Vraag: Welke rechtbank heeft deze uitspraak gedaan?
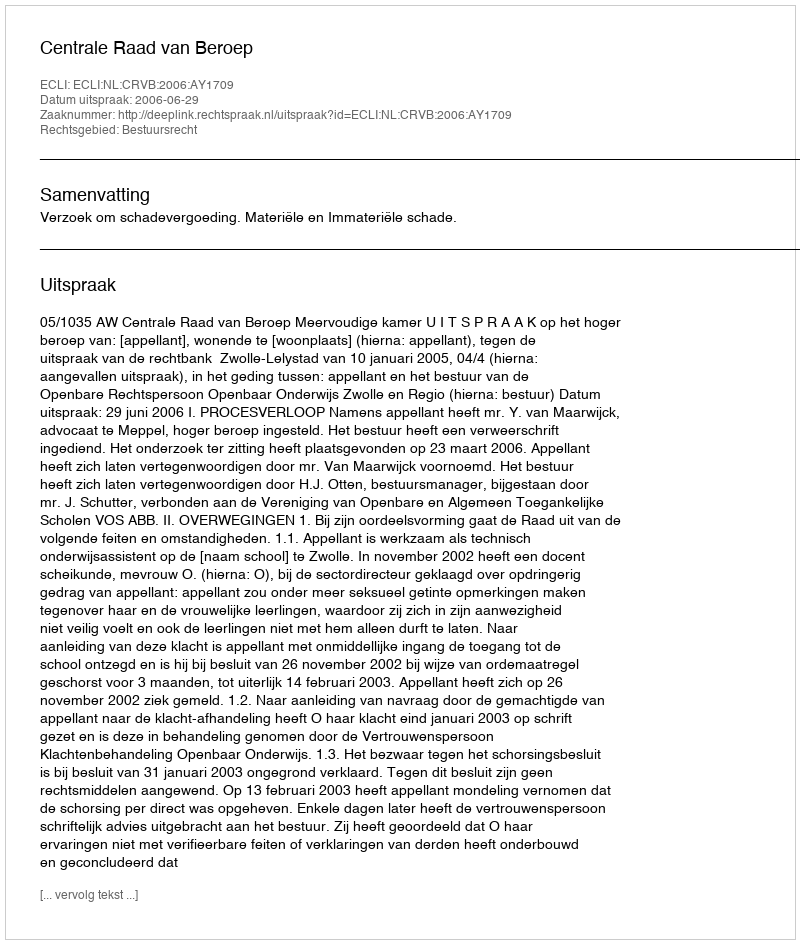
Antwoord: Centrale Raad van Beroep